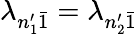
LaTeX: \lambda_{n_{1}^{\prime}\bar{1}}=\lambda_{n_{2}^{\prime}\bar{1}}